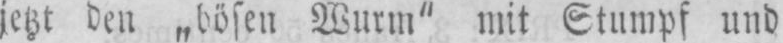
jetzt den „bösen Wurm“ mit Stumpf und